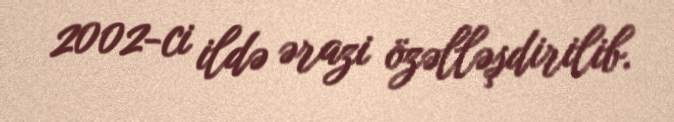
2002-ci ildə ərazi özəlləşdirilib.